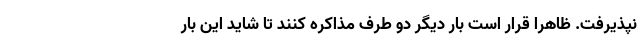
نپذیرفت. ظاهراً قرار است بار دیگر دو طرف مذاکره کنند تا شاید این بار